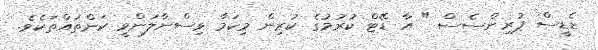
ޑެޑީސް ޕުރިންސެސް " އާ ޑޭޓް ކުރުމުގެ ކުރިން މިކަމާ ވިސްނާލަންވީ ކަންތައްތަކެވެ.